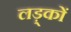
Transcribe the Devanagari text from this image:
लड़्कों